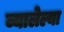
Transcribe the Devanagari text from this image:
व्यालेल्या